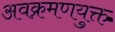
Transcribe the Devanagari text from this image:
अवक्रमणयुक्त